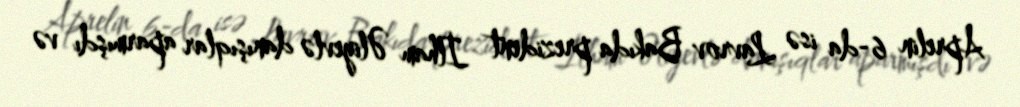
Aprelin 6-da isə Lavrov Bakıda prezident İlham Əliyevlə danışıqlar aparmışdı və